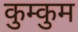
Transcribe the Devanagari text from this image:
कुम्कुम